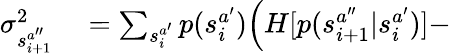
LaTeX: \begin{array}{rl}{\sigma_{s_{i+1}^{a^{\prime\prime}}}^{2}}&{{}=\sum_{s_{i}^{a^{\prime}}}p(s_{i}^{a^{\prime}})\Big(H[p(s_{i+1}^{a^{\prime\prime}}|s_{i}^{a^{\prime}})]-}\end{array}